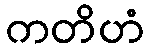
ကတိဟံ